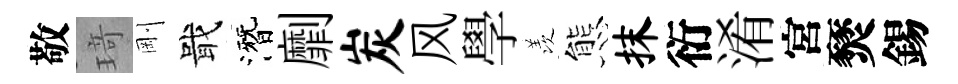
敬𤦺剛戢潛劘炭风學羡態抹衍淆宮燹錫